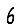
Digit: 6